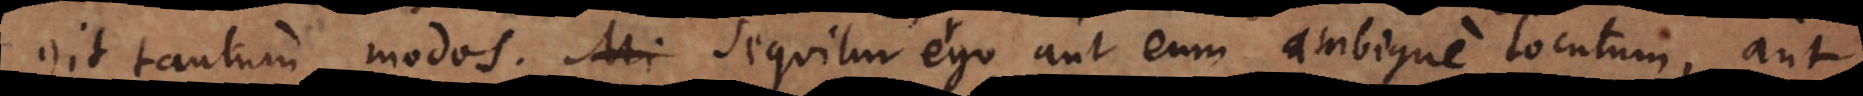
git tantum modos. Sequitur ergo aut eum ambigue locutum, aut